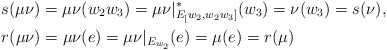
\begin{align*}&s(\mu\nu)=\mu\nu(w_2w_3)= \mu\nu|^*_{E_[w_2, w_2w_3]}(w_3)=\nu(w_3)=s(\nu), \\&r(\mu\nu) = \mu\nu(e) = \mu\nu|_{E_{w_2}}(e) = \mu(e) = r(\mu)\end{align*}